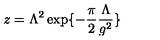
z = \Lambda ^ { 2 } \exp \{ - \frac { \pi } { 2 } \frac { \Lambda } { g ^ { 2 } } \}